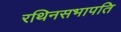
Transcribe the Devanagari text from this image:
रथिनसभापति